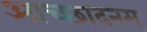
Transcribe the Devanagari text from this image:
आच्छादनम्‌